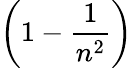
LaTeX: \left(1-{\frac{1}{n^{2}}}\right)